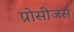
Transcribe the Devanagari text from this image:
प्रोसीजर्स